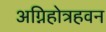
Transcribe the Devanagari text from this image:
अग्निहोत्रहवन